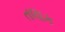
તલાક